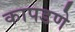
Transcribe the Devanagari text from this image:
कापडणे